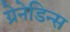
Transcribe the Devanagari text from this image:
ग्रेनेडिन्स